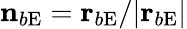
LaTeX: \boldsymbol{\mathrm{n}}_{b\mathrm{E}}=\boldsymbol{\mathrm{r}}_{b\mathrm{E}}/|\boldsymbol{\mathrm{r}}_{b\mathrm{E}}|